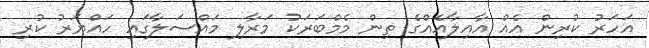
އަހަރު ކުރިން އެއް އާއިލާއެއްގެ ތިން މެމްބަރަކު މަރާލި މައްސަލާގައި ހައްޔަރު ކުރި